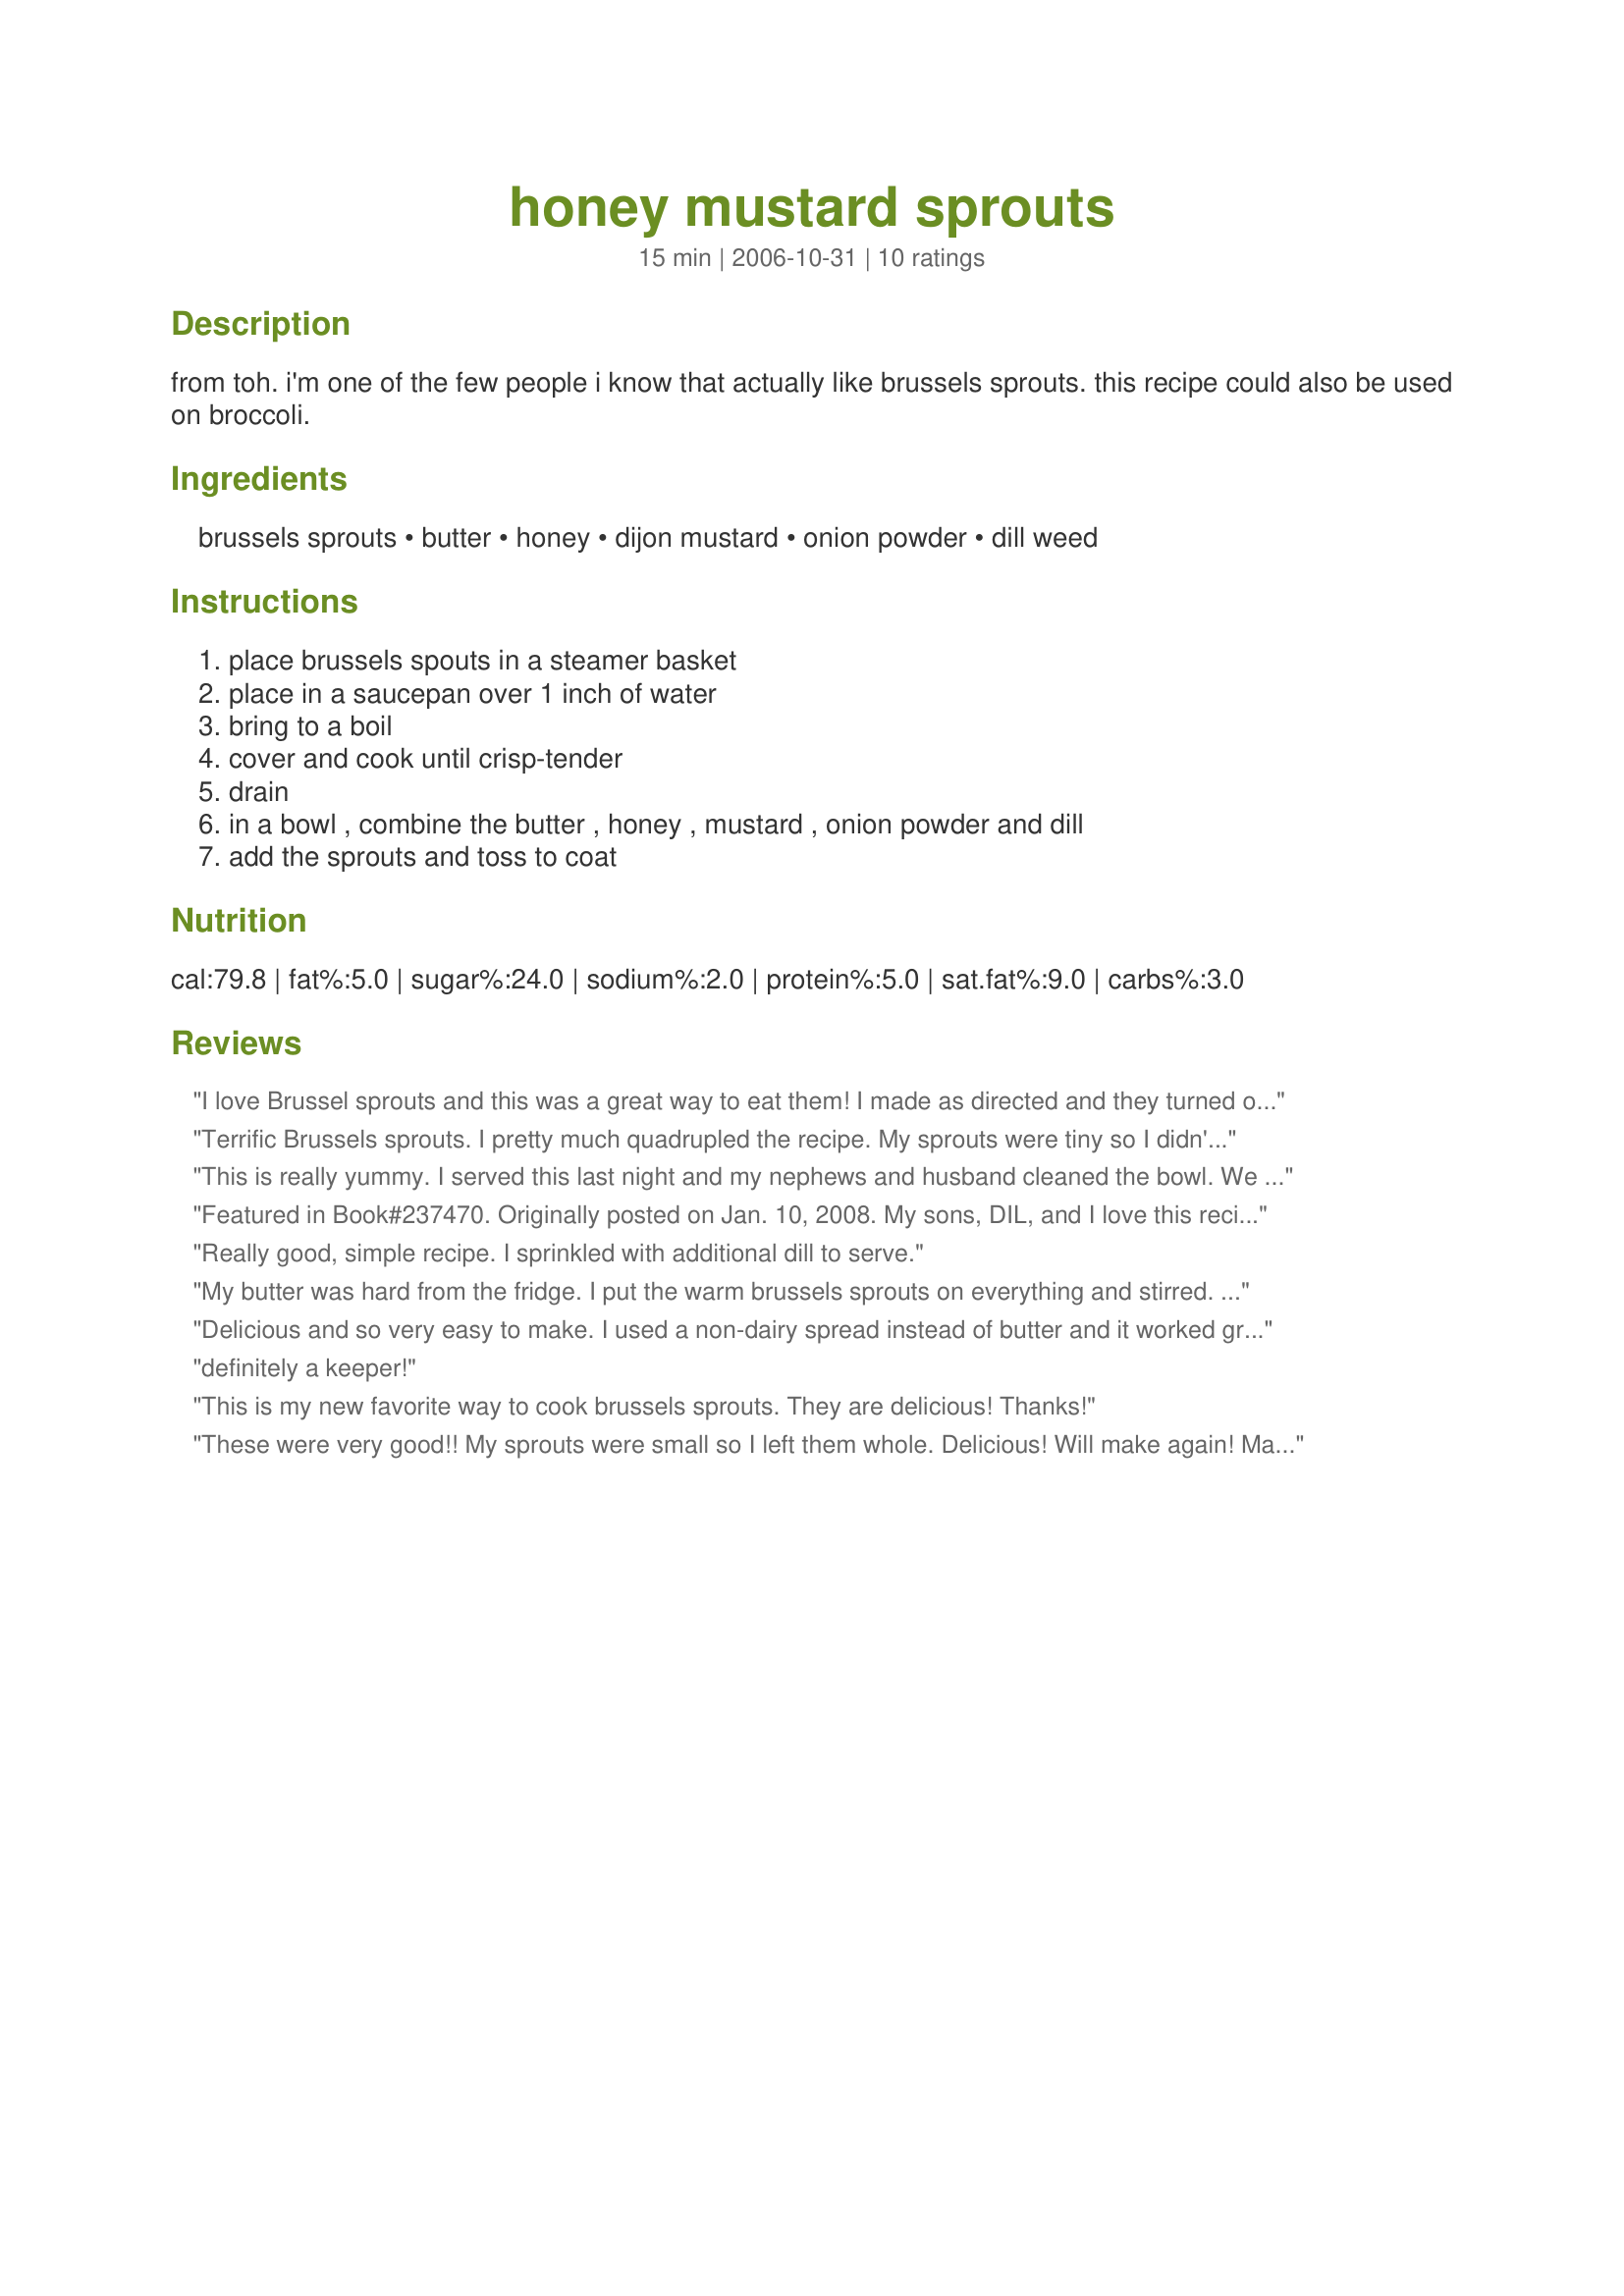
honey mustard sprouts
Preparation time: 15 minutes

from toh. i'm one of the few people i know that actually like brussels sprouts. this recipe could also be used on broccoli.

Ingredients:
brussels sprouts, butter, honey, dijon mustard, onion powder, dill weed

Steps:
place brussels spouts in a steamer basket, place in a saucepan over 1 inch of water, bring to a boil, cover and cook until crisp-tender, drain, in a bowl , combine the butter , honey , mustard , onion powder and dill, add the sprouts and toss to coat

Reviews:
I love Brussel sprouts and this was a great way to eat them! I made as directed and they turned out perfect. Thanks!
Terrific Brussels sprouts. I pretty much quadrupled the recipe. My sprouts were tiny so I didn't cut them in half. I used some extra Dijon. Thanx for sharing this!
This is really yummy. I served this last night and my nephews and husband cleaned the bowl. We had to divide the last spoonful evenly around the table.
Featured in Book#237470. Originally posted on Jan. 10, 2008. My sons, DIL, and I love this recipe. It is easy too. I will try this with a non dairy spread the next time I make this. My husband will not touch a brussel sprout (too bad for him but more for us), so I have dumped the sauce over broccoli for him.
Really good, simple recipe. I sprinkled with additional dill to serve.
My butter was hard from the fridge. I put the warm brussels sprouts on everything and stirred. It was great. I love the taste. Thanks Dicentra :) Made for I recommend tag game
Delicious and so very easy to make. I used a non-dairy spread instead of butter and it worked great. Thanks for posting!
definitely a keeper!
This is my new favorite way to cook brussels sprouts. They are delicious! Thanks!
These were very good!! My sprouts were small so I left them whole. Delicious! Will make again! Made for I Recommend Tag Game 2010.
